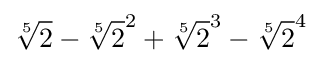
{\sqrt[{5}]{2}}-{\sqrt[{5}]{2}}^{2}+{\sqrt[{5}]{2}}^{3}-{\sqrt[{5}]{2}}^{4}